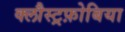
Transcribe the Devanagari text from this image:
क्लौस्ट्रफ़ोबिया